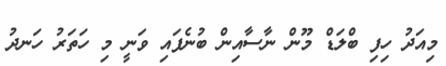
މިއަދު ހިފި ބްލަޑް މޫން ނާސާއިން ބުނެފައި ވަނީ މި ހަތަރު ހަނދު